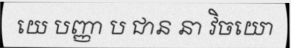
យេ បញ្ញា ប ជាន នា វិចយោ